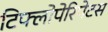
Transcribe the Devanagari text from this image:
टिफ्लोपेरिपेटस